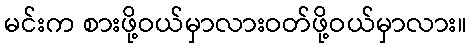
မင်းက စားဖို့ဝယ်မှာလားဝတ်ဖို့ဝယ်မှာလား။